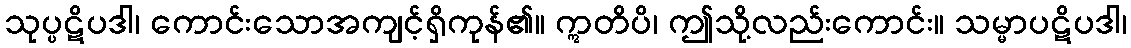
သုပ္ပဋိပဒါ၊ ကောင်းသောအကျင့်ရှိကုန်၏။ ဣတိပိ၊ ဤသို့လည်းကောင်း။ သမ္မာပဋိပဒါ၊